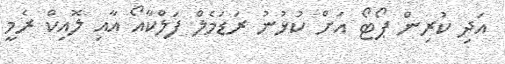
އަދި ކުރިން ޕޯޓޯ އަށް ކުޅުނު ރަޑަމެލް ފަލްކާއޯ އާއި ލޮއިކް ރެމީ